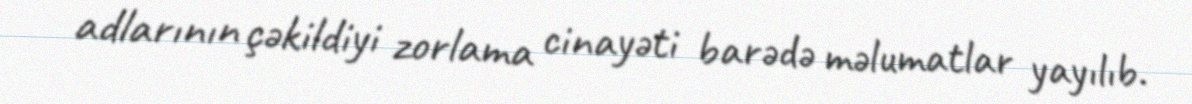
adlarının çəkildiyi zorlama cinayəti barədə məlumatlar yayılıb.